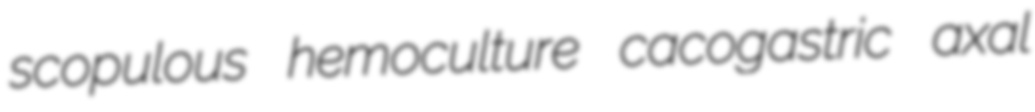
scopulous hemoculture cacogastric axal